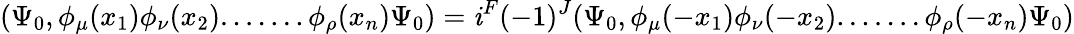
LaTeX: (\Psi_{0},\phi_{\mu}(x_{1})\phi_{\nu}(x_{2}).......\phi_{\rho}(x_{n})\Psi_{0})=\mathit{i}^{F}(-1)^{J}(\Psi_{0},\phi_{\mu}(-x_{1})\phi_{\nu}(-x_{2}).......\phi_{\rho}(-x_{n})\Psi_{0})